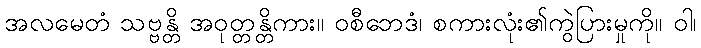
အလမေတံ သဗ္ဗန္တိ အဝုတ္တန္တိကား။ ဝစီဘေဒံ၊ စကားလုံး၏ကွဲပြားမှုကို။ ဝါ၊